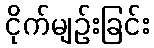
ငိုက်မျဉ်းခြင်း